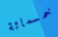
خمسمائة